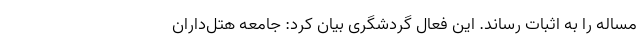
مساله را به اثبات رساند. این فعال گردشگری بیان کرد: جامعه هتل‌داران